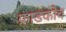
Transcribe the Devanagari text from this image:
फ्राडकोव